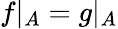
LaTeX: f|_{A}=g|_{A}